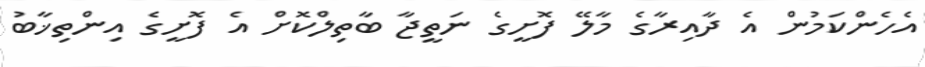
އެހެންކަމުން އެ ދާއިރާގެ މާލޭ ފޮށީގެ ނަތީޖާ ބާތިލްކޮށް އެ ފޮށީގެ އިންތިޚާބު